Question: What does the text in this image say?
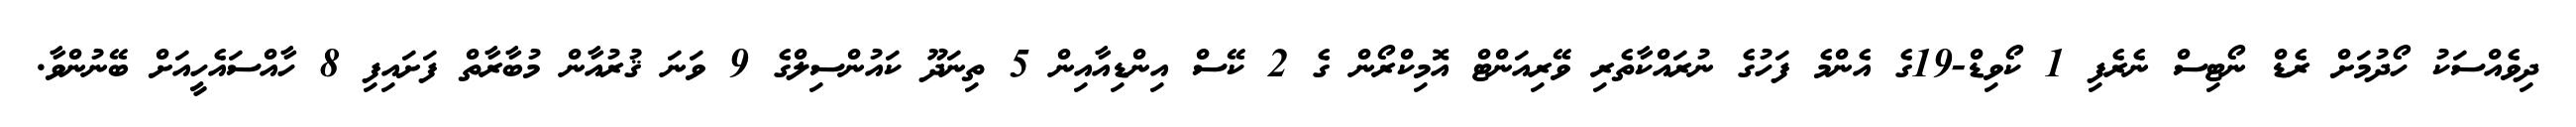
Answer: ދިވެއްސަކު ހޯދުމަށް ރެޑް ނޯޓިސް ނެރެފި 1 ކޯވިޑް-19ގެ އެންމެ ފަހުގެ ނުރައްކާތެރި ވޭރިއަންޓް އޮމިކްރޯން ގެ 2 ކޭސް އިންޑިއާއިން 5 ތިނަދޫ ކައުންސިލްގެ 9 ވަނަ ޤުރުއާން މުބާރާތް ފަށައިފި 8 ހާއްސައެހީއަށް ބޭނުންވާ.